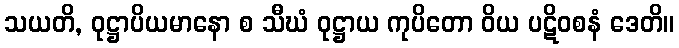
သယတိ, ဝုဋ္ဌာပိယမာနော စ သီဃံ ဝုဋ္ဌာယ ကုပိတော ဝိယ ပဋိဝစနံ ဒေတိ။